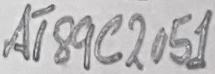
Text: AT89C2051